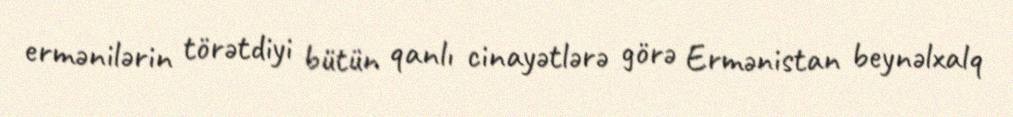
ermənilərin törətdiyi bütün qanlı cinayətlərə görə Ermənistan beynəlxalq